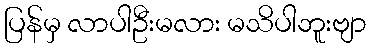
ပြန်မှ လာပါဦးမလား မသိပါဘူးဗျာ